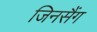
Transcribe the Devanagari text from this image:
जिनसैंग